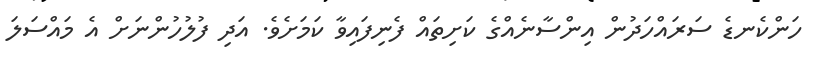
ހަންކެނޑެ ސަރައްހަދުން އިންސާނެއްގެ ކަށިތައް ފެނިފައިވާ ކަމަށެވެ. އަދި ފުލުހުންނަށް އެ މައްސަލަ